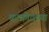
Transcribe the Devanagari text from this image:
क्राकोवच्या